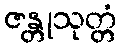
ဇန္တုသုတ္တံ